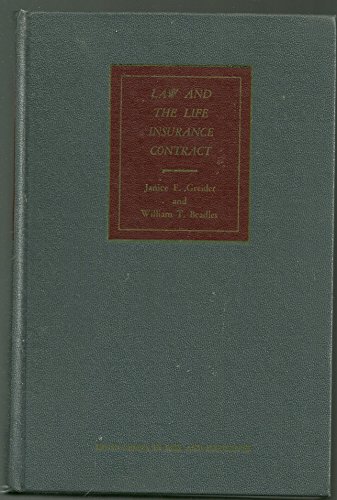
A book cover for LAW AND THE LIFE INSURANCE CONTRACT; Janice e. Greider; Law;